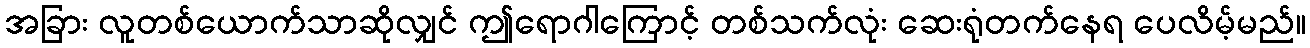
အခြား လူတစ်ယောက်သာဆိုလျှင် ဤရောဂါကြောင့် တစ်သက်လုံး ဆေးရုံတက်နေရ ပေလိမ့်မည်။